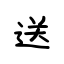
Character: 送